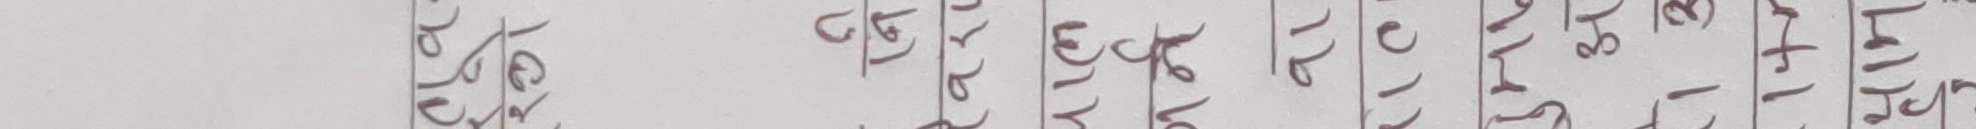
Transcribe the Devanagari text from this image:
रु. १६२७७